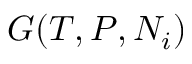
G ( T , P , N _ { i } )